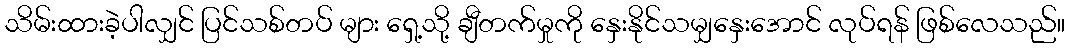
သိမ်းထားခဲ့ပါလျှင် ပြင်သစ်တပ် များ ရှေ့သို့ ချီတက်မှုကို နှေးနိုင်သမျှနှေးအောင် လုပ်ရန် ဖြစ်လေသည်။